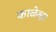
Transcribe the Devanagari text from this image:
काळेश्वर